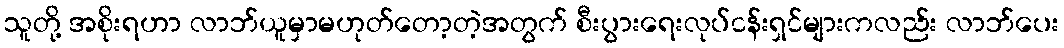
သူတို့ အစိုးရဟာ လာဘ်ယူမှာမဟုတ်တော့တဲ့အတွက် စီးပွားရေးလုပ်ငန်းရှင်များကလည်း လာဘ်ပေး